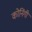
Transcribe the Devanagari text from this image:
कोनिंगी